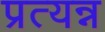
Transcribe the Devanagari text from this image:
प्रत्यन्न